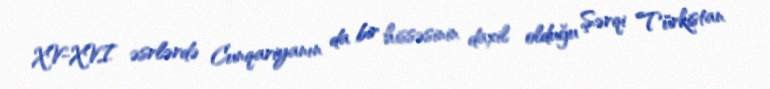
XV-XVI əsrlərdə Cunqariyanın da bir hissəsinin daxil olduğu Şərqi Türkistan